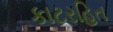
કાટરહિત